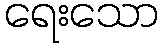
ရေးသော